[Report on the health of British troops in the Madras command]
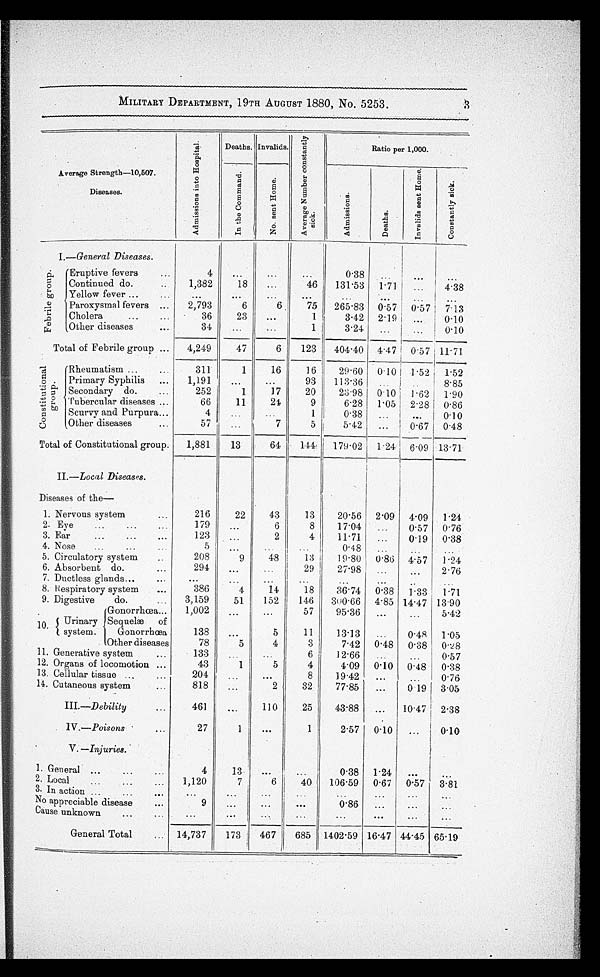
MILITARY DEPARTMENT, 19TH AUGUST 1880, No. 5253. 3
.
·
Average Strength—10,507·
Diseases.
A d m i s s i o n i n t o H o s p i t a l .
D e a t h s . Invalids·
A v e r a g e N u m b e r c o n s t a n t l y s i c k .
Ratio per 1,000·
I n t h e C o m m a n d .
N o . s e n t H o m e .
A d m i s s i o n s .
D e a t h s .
I n v a l i d s s e n t H o m e .
C o n s t a n t l y s i c k .
F e b r i l e g r o u p .
1·—General Di seases.
Eruptive fevers
... 4
4...
...
...
0·38
... ...
...
Continued do.
...
1,382
1 8
. . . 46
131·53
1·71
···
4·38
Yellow fever ...
...
. . . ···
. . .
. . .
...
...
. . .
. . .
Paroxysmal fevers ...
2,793
6
6
75
265·83 0·57 0·57 7·13
Cholera... ··· ...
36
23
...
1
3 · 4 2 2·19
...
0·10
Other diseases
...
34
···
. . .
1
3·24
. . .
. . .
0·10
Total of Febrile group ...
4,249
47
6
123
404·40 4·47 0·57 11·71
C o n s t i t u t i o n a l g r o u p .
Rheumatism ...
...
311
1
16
16
29·60 0·10
1·52
1·52
Primary Syphilis
...
1,191
. . .
. . .
93
113·36
...
... 8·85
Secondary do.
···
252
1
17
20
23·98 0·10 1·62
1·90
Tubercular diseases ...
66
11
2 4
9
6·28
1·05 2·28 0·86
Scurvy and Purpura...
4
. . .
. . .
1
0·38
... ...
0·10
Other diseases
57
...
7
5
5·42
...
0.67
0 . 4 8 0 . 4 8
Total of Constitutional group·
1,881
13
64
1 4 4
179·02 1·24 6·09 13·71
II·—Local Diseases .
Diseases of the
—
1· Nervous system
···
216
22
43
13
20·56 2·09
4·09
1·24
2· Eye...
···
179
. . . . . .
6
8
17·04
···
0·57
0 · 7 6
3. Ear
...
...
...
123
···
2
. . .
11·71
···
0·19
0 · 3 8
4· Nose
...
... ...
5 ···
. . .
. . .
0·48
. . .
...
...
5· Circulatory system
...
208
9
48
13
1 9 · 8 0 0·86 4·57
1·24
6· Absorbent do·
···
294
···
. . .
29
27·98
···
···
2.76
7· Ductless glands...
...
. . .
. . .
. . .
. . .
. . .
. . .
. . .
...
8· Respiratory system
.....
386
4
14
18
36·74
0·38
1·33
1·71
9· Digestive
do·
···
3,159
5 1
152
146
300·66 4·85 14·47
1 3 . 9 0 1 3 · 9 0
G o n o r r h œ a . . .
. . .
. . .
57
95·36
. . .
···
5·42
10. Urinary Sequelæ of
s y s t e m . G o n o r r h œ a G o n o r r h c e a
138
. . .
5
11
13·13 ...
0·48 1·05
Other diseases
78
5
4
3 I
7·42 0·48
0·38 0·28
11· Generative system
···
133
...
. . .
6 I
12·66
. . . .
···
0·57
12. Organs of locomotion ...
43
1
5
4
4·09 0.10 0·48
0.38
13· Cellular tissue ...
204
···
...
8
19·42
. . .
. . .
0·76
14· Cutaneous system
···
818
···
2
32
77·85
. . .
0.19 3.05
I I I . —D
e b i l i t y
461
...
110
25
43.88
...
10·47
2·38
IV.-Poisons ...
27
1
...
1
2·57
0.10
. . .
0·10
V · —
I n j u r i e s .
1· General ...
...
...
4
13
...
. . .
0·38
1·24
...
. . .
2· Local
1,120
7 :
6
40
106·59
0·67
0 . 5 7 0 · 5 7 3·81
3· In action ...
...
...
. . .
. . .
. . .
. . .
. . .
. . .
No appreciable disease
...
···
. . .
. . .
0·86
. . .
. . .
. . .
Cause unknown
...
...
··
. . .
. . .
. . .
. . .
. . . .
. . .
. . .
General Total
··· 14,737
173 1 467
685 1402.59 16·47 44·45 65.19